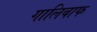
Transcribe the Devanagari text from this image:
गालिबाफ